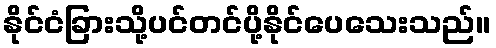
နိုင်ငံခြားသို့ပင်တင်ပို့နိုင်ပေသေးသည်။